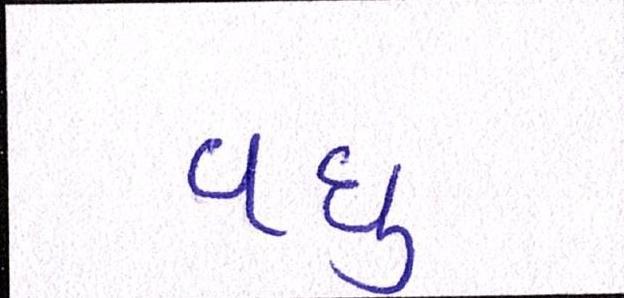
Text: વધુ